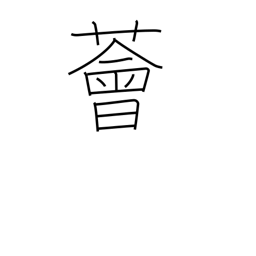
Meaning: luxuriant vegetation